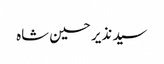
سید نذیر حسین شاه